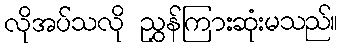
လိုအပ်သလို ညွှန်ကြားဆုံးမသည်။